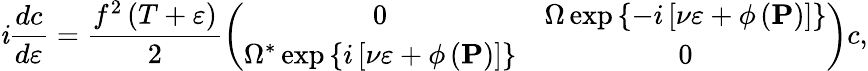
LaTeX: \mathit{i}\frac{{dc}}{{d\varepsilon}}=\frac{{f^{2}\left(T+\varepsilon\right)}}{{2}}\left(\begin{array}{cc}{0}&{\Omega\exp\left\{ -i\left[\nu\varepsilon+\phi\left(\mathbf{P}\right)\right]\right\} }\\ {\Omega^{\ast}\exp\left\{ i\left[\nu\varepsilon+\phi\left(\mathbf{P}\right)\right]\right\} }&{0}\end{array}\right)c,